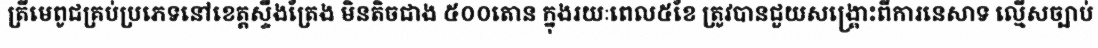
ត្រីមេពូជគ្រប់ប្រភេទនៅខេត្តស្ទឹងត្រែង មិនតិចជាង ៥០០តោន ក្នុងរយៈពេល៥ខែ ត្រូវបានជួយសង្គ្រោះពីការនេសាទ ល្មើសច្បាប់